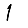
Digit: 1